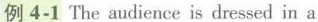
例4-1 Theaudience is dressed in a